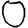
Digit: 0